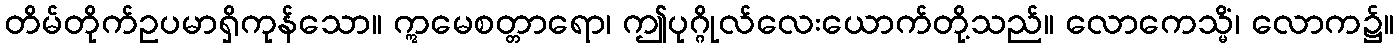
တိမ်တိုက်ဥပမာရှိကုန်သော။ ဣမေစတ္တာရော၊ ဤပုဂ္ဂိုလ်လေးယောက်တို့သည်။ လောကေသ္မိံ၊ လောက၌။